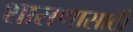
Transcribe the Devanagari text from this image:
शासणासाठी